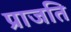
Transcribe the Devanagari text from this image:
प्राजति